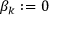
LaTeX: \beta _ { k } : = 0